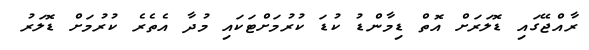
ރާއްޖޭގައި ޑޮލަރަށް އޮތް ޑިމާންޑު ކުޑަ ކުރުމަށްޓަކައި މުދާ އެތެރެ ކުރުމަށް ޑޮލަރު